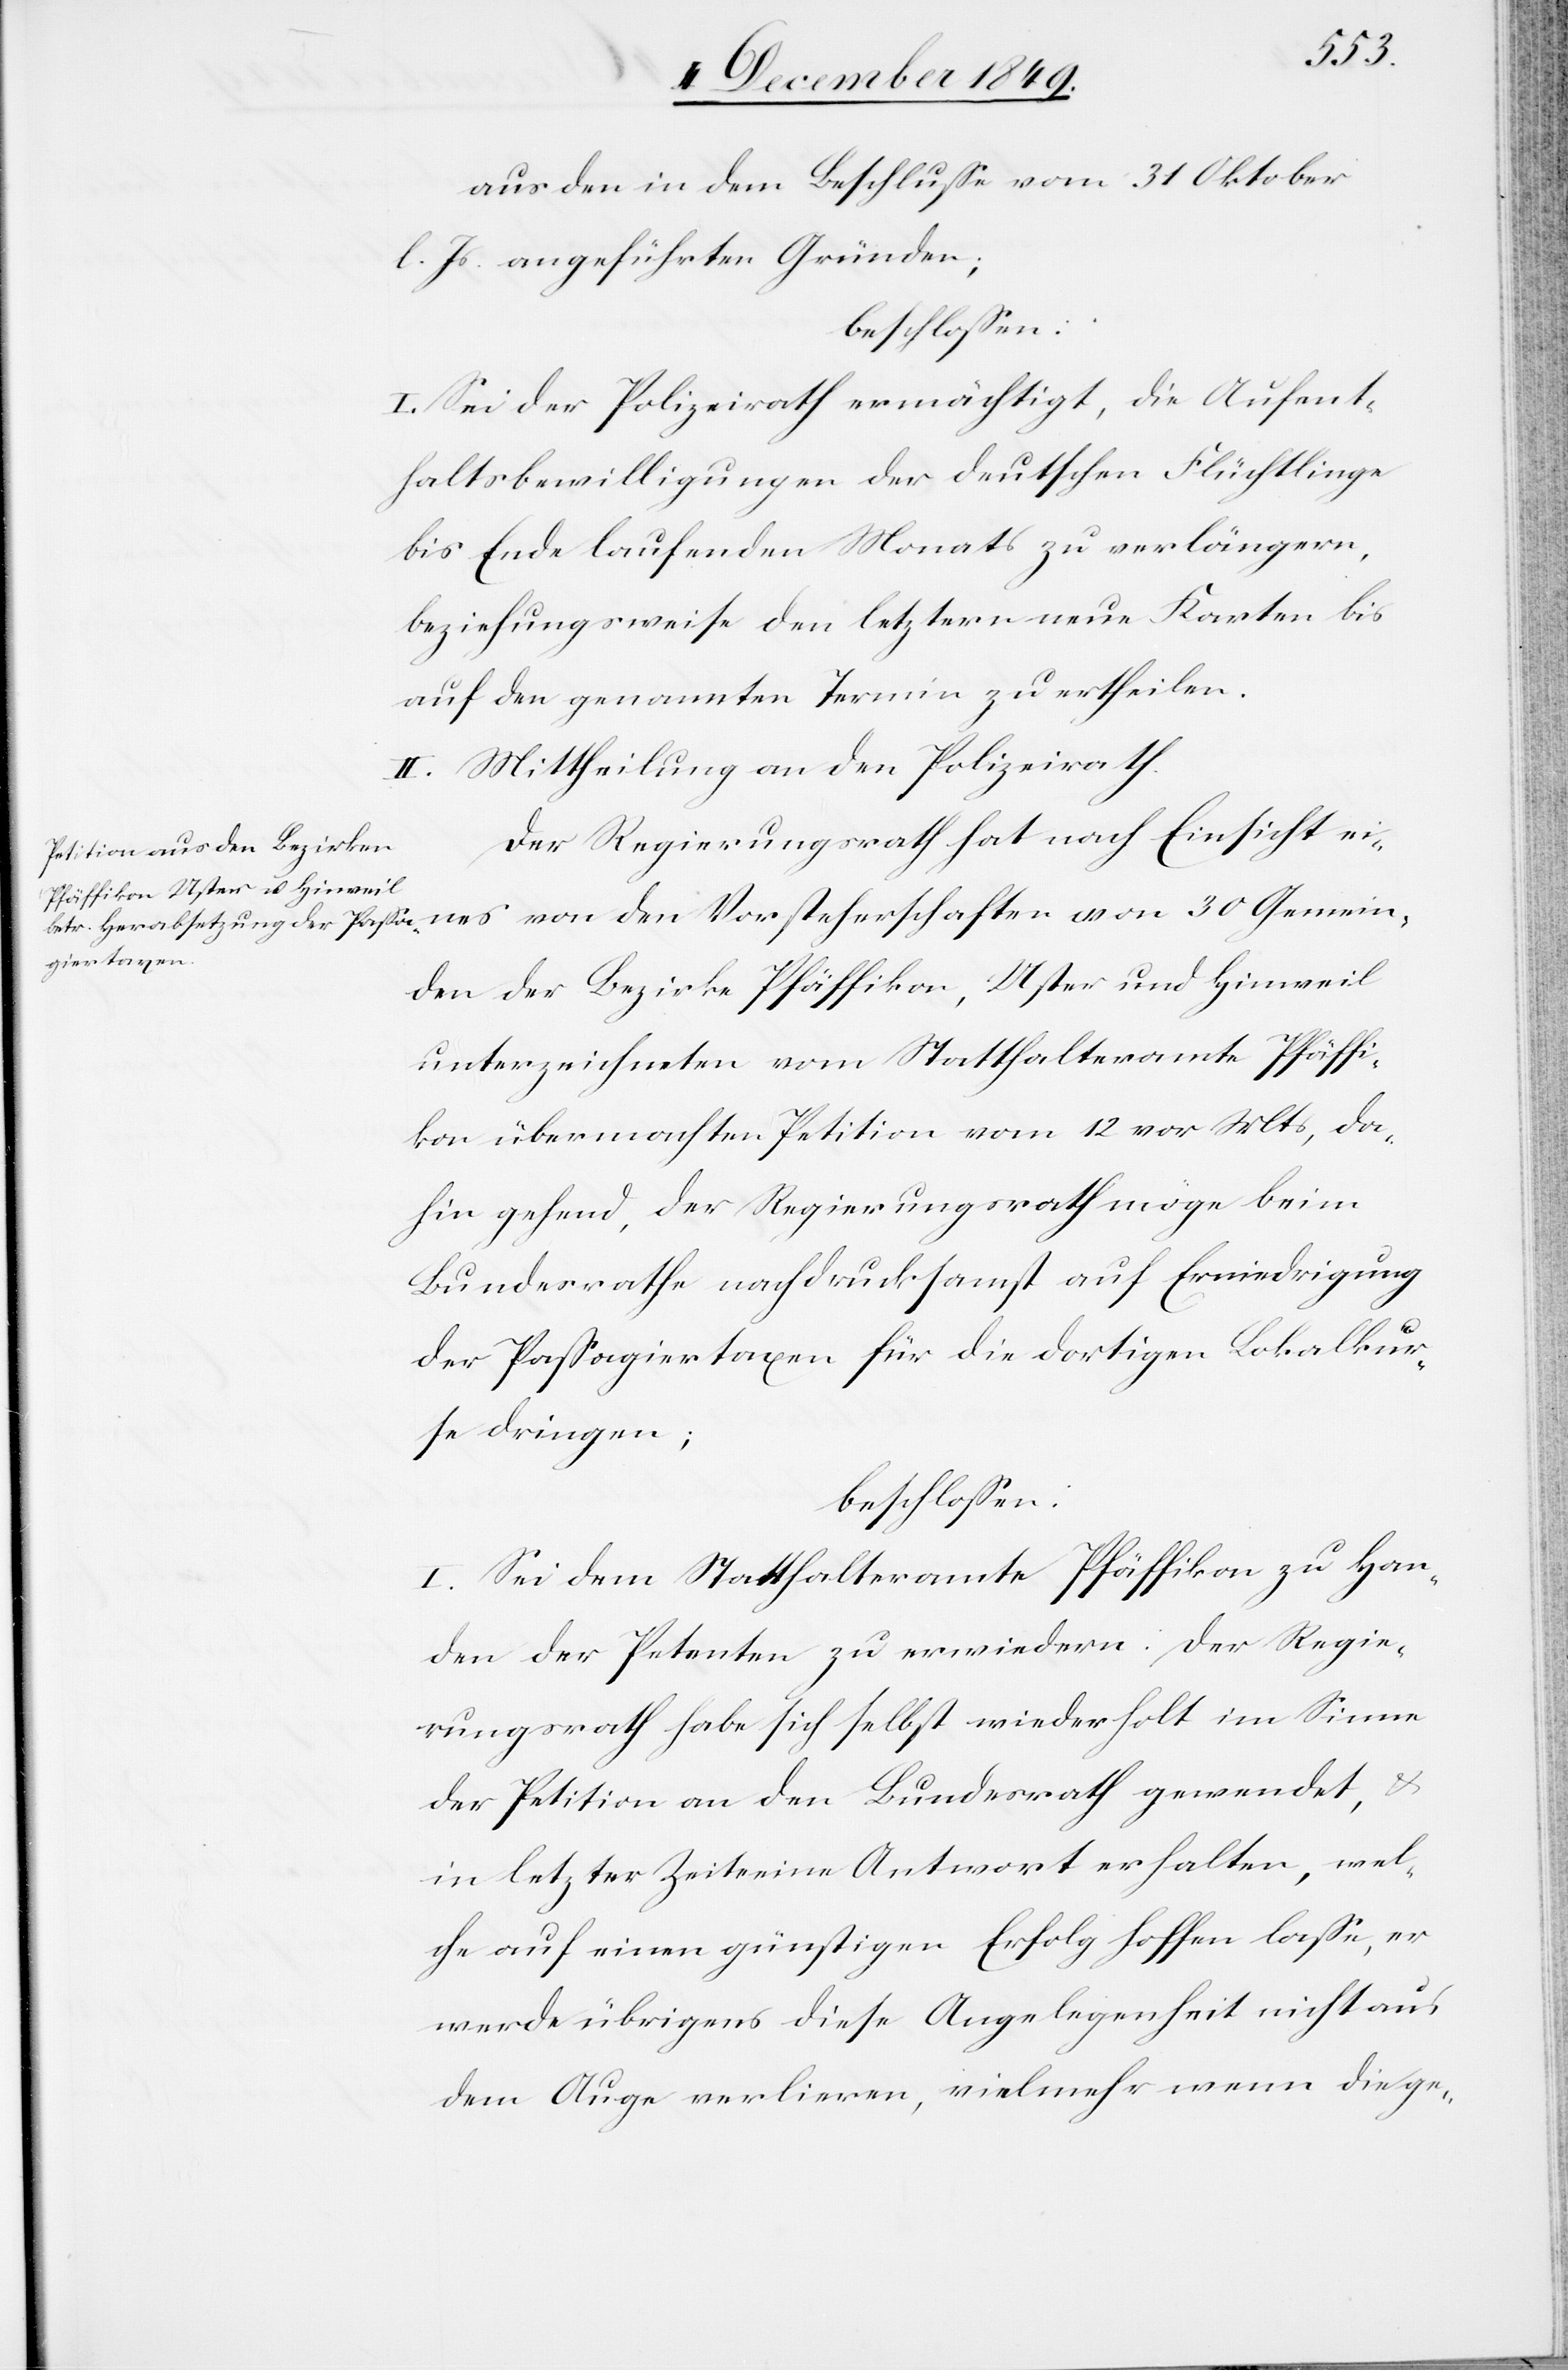
aus den in dem Beschluße vom 31 Oktober
l. Js. angeführten Gründen;
beschloßen:
I. Sei der Polizeirath ermächtigt, die Aufent¬
haltsbewilligungen der deutschen Flüchtlinge
bis Ende laufenden Monats zu verlängern,
beziehungsweise den letztern neue Karten bis
auf den genannten Termin zu ertheilen.
II. Mittheilung an den Polizeirath.
Der Regierungsrath hat nach Einsicht ei¬
nes von den Vorsteherschaften von 30 Gemein¬
den der Bezirke Pfäffikon, Uster und Hinweil
unterzeichneten vom Statthalteramte Pfäffi¬
kon übermachten Petition vom 12 vor. Mts., da¬
hin gehend, der Regierungsrath möge beim
Bundesrathe nachdrucksamst auf Erniedrigung
der Paßagiertaxen für die dortigen Lokalkur¬
se dringen;
beschloßen:
I. Sei dem Statthalteramte Pfäffikon zu Han¬
den der Petenten zu erwiedern: Der Regie¬
rungsrath habe sich selbst wiederholt im Sinne
der Petition an den Bundesrath gewendet, u.
in letzter Zeit eine Antwort erhalten, wel¬
che auf einen günstigen Erfolg hoffen laße, er
werde übrigens diese Angelegenheit nicht aus
dem Auge verlieren, vielmehr wenn die ge-